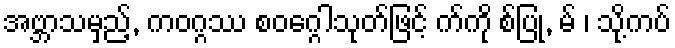
အဗ္ဘာသမှည့်, ကဝဂ္ဂဿ စဝဂ္ဂေါသုတ်ဖြင့် က်ကို စ်ပြု, မ် ၊ သို့ကပ်